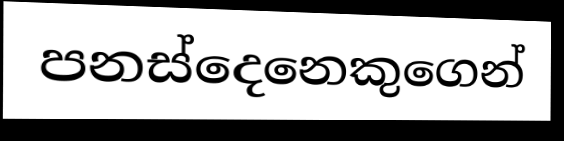
පනස්දෙනෙකුගෙන්